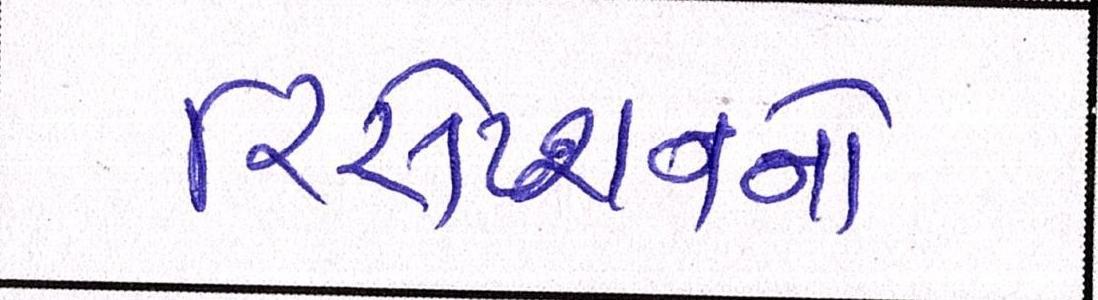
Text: રિસેપ્શનનો